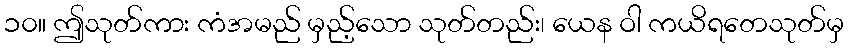
၁၀။ ဤသုတ်ကား ကံအမည် မှည့်သော သုတ်တည်း၊ ယေန ဝါ ကယိရတေသုတ်မှ